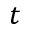
t